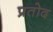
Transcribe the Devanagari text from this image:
प्रतोद